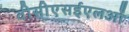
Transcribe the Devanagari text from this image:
वीसीएसईएलओं